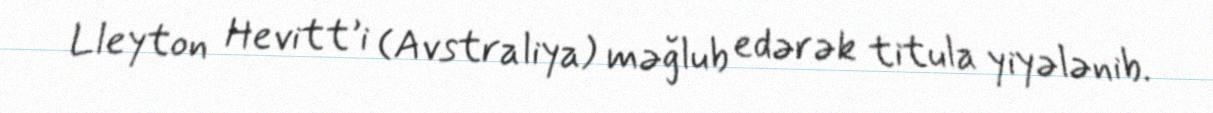
Lleyton Hevitt’i (Avstraliya) məğlub edərək titula yiyələnib.